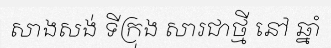
សាងសង់ ទីក្រុង សារជាថ្មី នៅ ឆ្នាំ